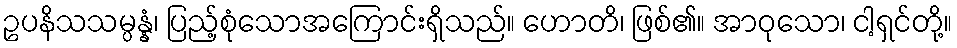
ဥပနိသသမ္ပန္နံ၊ ပြည့်စုံသောအကြောင်းရှိသည်။ ဟောတိ၊ ဖြစ်၏။ အာဝုသော၊ ငါ့ရှင်တို့။